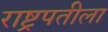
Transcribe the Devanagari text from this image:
राष्ट्रपतीला